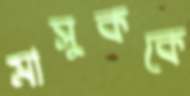
মাসুককে